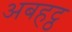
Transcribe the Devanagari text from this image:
अबहट्ठ